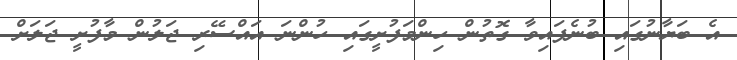
އެ ބަޔާނުގައި ބުނެފައިވާ ގޮތުން ހިންމަފުށީގައި ހުންނަ އައްސޭރި ޖަލުން މާފުށީ ޖަލަށް